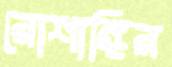
রোশাঙ্গির